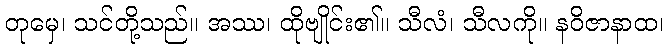
တုမှေ၊ သင်တို့သည်။ အဿ၊ ထိုဗျိုင်း၏။ သီလံ၊ သီလကို။ နဝိဇာနာထ၊